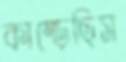
কাম্‌ড়েছিস